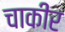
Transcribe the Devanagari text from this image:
चाकीर